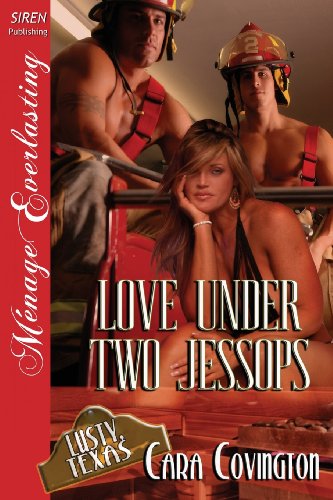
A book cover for Love Under Two Jessops [The Lusty, Texas Collection] (Siren Publishing Menage Everlasting); Cara Covington; Romance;